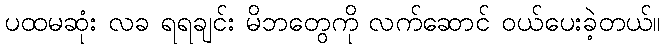
ပထမဆုံး လခ ရရချင်း မိဘတွေကို လက်ဆောင် ဝယ်ပေးခဲ့တယ်။